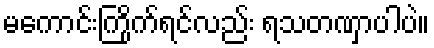
မကောင်းကြိုက်ရင်လည်း ရသတဏှာပါပဲ။